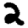
Digit: 2